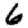
Digit: 6